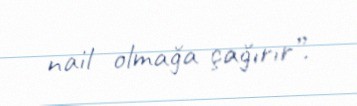
nail olmağa çağırır”.